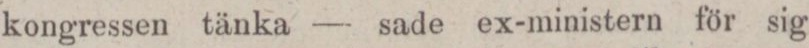
kongressen tänka — sade ex-ministern för sig